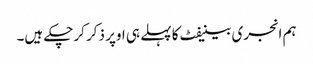
ہم انجری بینیفٹ کا پہلے ہی اوپر ذکر کرچکے ہیں۔